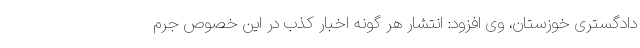
دادگستری خوزستان، وی افزود: انتشار هر گونه اخبار کذب در این خصوص جرم